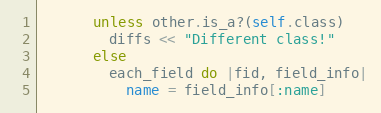
Language: Ruby
      unless other.is_a?(self.class)
        diffs << "Different class!"
      else
        each_field do |fid, field_info|
          name = field_info[:name]